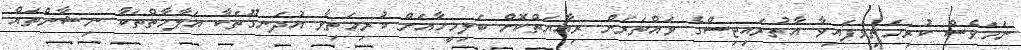
ނަމަވެސް ކުރިމަތިވެފައިވާ އާތުރައިޓިސްގެ ވައްތަރަށް ރިޢާޔަތްކޮށް ބަލިމީހާއަށް ކުރިމަތިވާ އުދަނގޫތަކާ އަލާމާތްތަކާ ނިޝާންތައް